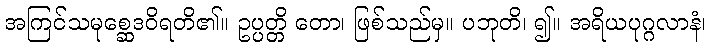
အကြင်သမုစ္ဆေဒဝိရတိ၏။ ဥပ္ပတ္တိ တော၊ ဖြစ်သည်မှ။ ပဘုတိ၊ ၍။ အရိယပုဂ္ဂလာနံ၊